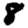
Digit: 8